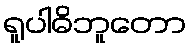
ရူပါဓိဘူတော